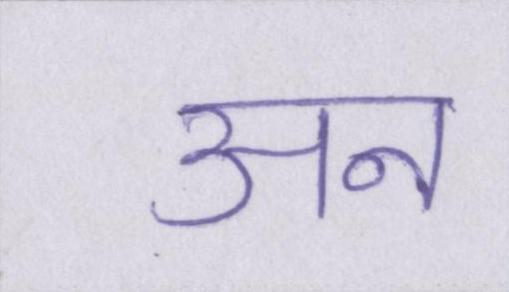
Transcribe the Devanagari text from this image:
अन